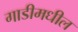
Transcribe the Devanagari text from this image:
गाडीमधील